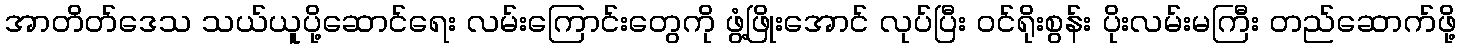
အာတိတ်ဒေသ သယ်ယူပို့ဆောင်ရေး လမ်းကြောင်းတွေကို ဖွံ့ဖြိုးအောင် လုပ်ပြီး ဝင်ရိုးစွန်း ပိုးလမ်းမကြီး တည်ဆောက်ဖို့